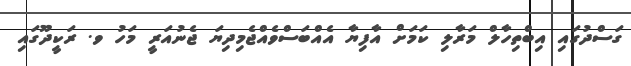
ގަސްދުގައި އިބްތިހާލް މަރާލި ކަމަށް އާފިޔާ އެއްބަސްވެއްޖެމިދިޔަ ޖެނުއަރީ މަހު ވ. ރަކީދޫގައި